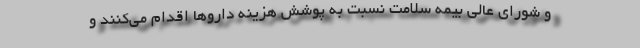
و شورای عالی بیمه سلامت نسبت به پوشش هزینه داروها اقدام می‌کنند و